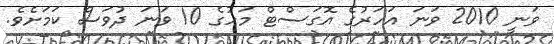
ވަނީ 2010 ވަނަ އަހަރުގެ އޮގަސްޓް މަހުގެ 10 ވަނަ ދުވަސް ކަމަށެވެ.